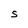
Character: S